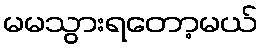
မမသွားရတော့မယ်